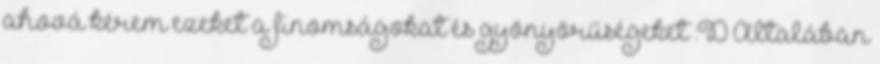
ahová kérem ezeket a finomságokat és gyönyörűségeket :D Általában